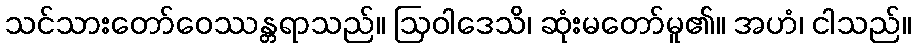
သင်သားတော်ဝေဿန္တရာသည်။ ဩဝါဒေသိ၊ ဆုံးမတော်မူ၏။ အဟံ၊ ငါသည်။